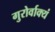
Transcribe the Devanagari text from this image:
गुरोर्वाक्यं